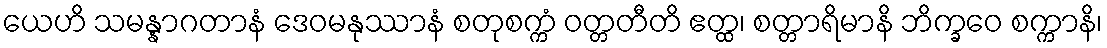
ယေဟိ သမန္နာဂတာနံ ဒေဝမနုဿာနံ စတုစက္ကံ ဝတ္တတီတိ ဧတ္ထ၊ စတ္တာရိမာနိ ဘိက္ခဝေ စက္ကာနိ၊